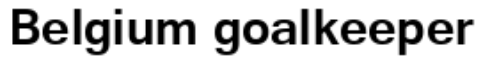
Belgium goalkeeper